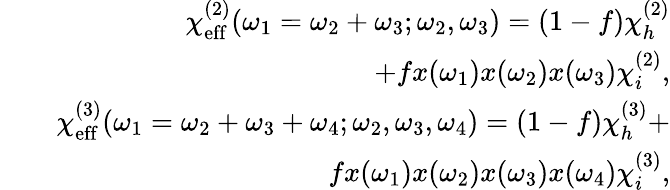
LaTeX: \begin{array}{rlr}&{}&{\chi_{\mathrm{eff}}^{(2)}(\omega_{1}=\omega_{2}+\omega_{3};\omega_{2},\omega_{3})=(1-f)\chi_{h}^{(2)}}\\ &{}&{+fx(\omega_{1})x(\omega_{2})x(\omega_{3})\chi_{i}^{(2)},}\\ &{}&{\chi_{\mathrm{eff}}^{(3)}(\omega_{1}=\omega_{2}+\omega_{3}+\omega_{4};\omega_{2},\omega_{3},\omega_{4})=(1-f)\chi_{h}^{(3)}+}\\ &{}&{fx(\omega_{1})x(\omega_{2})x(\omega_{3})x(\omega_{4})\chi_{i}^{(3)},}\end{array}